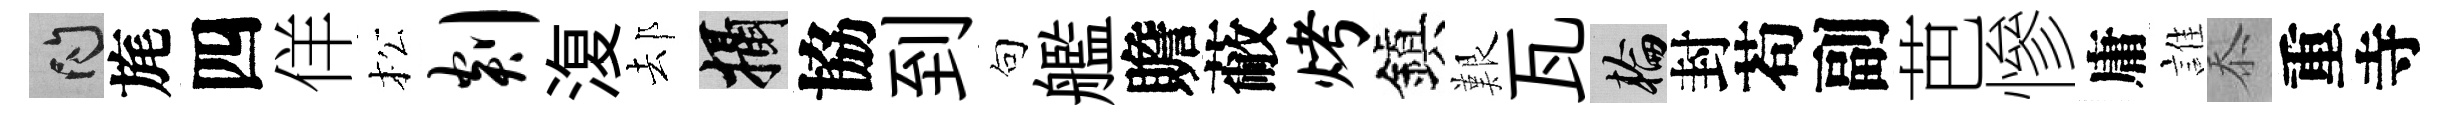
問旄四佯松剡𣸪𨚫攝協到句艦贍蔽烤鎭艱瓦輪封苟副芭慘庸誰忝重寺